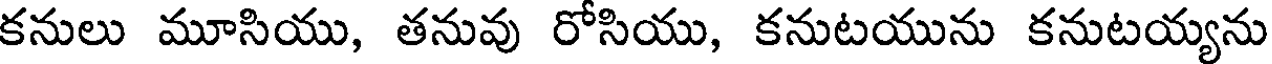
కనులు మూసియు, తనువు రోసియు, కనుటయును కనుటయ్యను